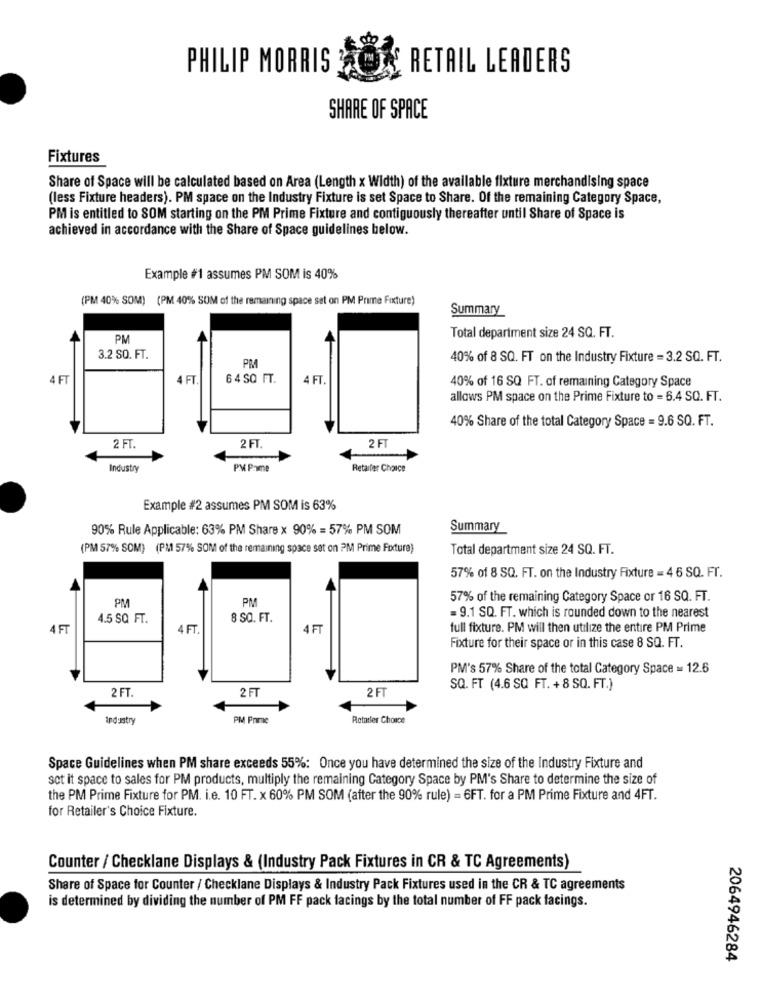
PHILIP MORRIS
RETAIL LEADERS
SHARE OF SPACE
Fixtures
Share of Space will be calculated based on Area (Length x Width) of the available fixture merchandising space
(less Fixture headers). PM space on the Industry Fixture is set Space to Share. Of the remaining Category Space,
PM is entitled to SOM starting on the PM Prime Fixture and contiguously thereafter until Share of Space is
achieved in accordance with the Share of Space guidelines below.
Example #1 assumes PM SOM is 40%
(PM 40% SOM) (PM 40% SOM of the remaining space set on PM Prime Fixture)
Summary
PM
Total department size 24 SQ. FT.
3.2 SQ. FT.
PM
40% of 8 SQ. FT on the Industry Fixture = 3.2 SQ. FT.
4 FT
4 FT
64 SQ FT.
4 FT.
40% of 16 SQ FT. of remaining Category Space
allows PM space on the Prime Fixture to = 6.4 SQ. FT.
40% Share of the total Category Space = 9.6 SQ. FT.
2 FT.
2 FT.
2 FT
Industry
PM Pame
Retailer Choice
Example #2 assumes PM SOM is 63%
90% Rule Applicable: 63% PM Share × 90% = 57% PM SOM
Summary
(PM 57% SOM) (PM1 57% SOM of the remaining space sat on ?M Prime Fixture)
Total department size 24 SQ. FT.
57% of 8 SQ. FT. on the Industry Fixture = 4 6 SQ. FT.
PM
PM
57% of the remaining Category Space or 16 SQ. FT.
4.5 SQ FT.
8 SQ. FT.
= 9.1 SQ. FT. which is rounded down to the nearest
4 FT
4 FT.
4 FT
full fixture. PM will then utilize the entire PM Prime
Fixture for their space or in this case 8 SQ. FT.
PM's 57% Share of the total Category Space = 12.6
2 FT.
2 FT
2 FT
SQ. FT (4.6 SQ FT. + 8 SQ. FT.)
industry
PM Prime
Rotatler Choice
Space Guidelines when PM share exceeds 55%: Once you have determined the size of the Industry Fixture and
set it space to sales for PM products, multiply the remaining Category Space by PM's Share to determine the size of
the PM Prime Fixture for PM. i.e. 10 FT. x 60% PM SOM (after the 90% rule) = 6FT. for a PM Prime Fixture and 4FT.
for Retailer's Choice Fixture.
Counter / Checklane Displays & (Industry Pack Fixtures in CR & TC Agreements)
Share of Space for Counter / Checklane Displays & Industry Pack Fixtures used in the CR & TC agreements
is determined by dividing the number of PM FF pack facings by the total number of FF pack facings.
2064946284